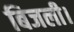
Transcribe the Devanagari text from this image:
बिजली।